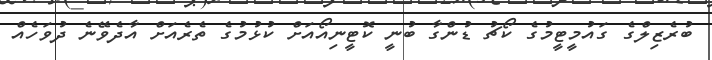
ބުރެޒިލްގެ ގައުމީޓީމުގެ ކޯޗު ޑުންގާ ބުނީ ކޮޓީނިއޯއަށް ކުޅުމުގެ ތެރެއަށް އާދެވޭނެ ދުވަހެއް